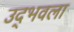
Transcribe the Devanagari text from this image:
उद्‍भवला